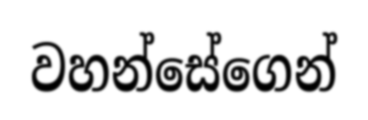
වහන්සේගෙන්